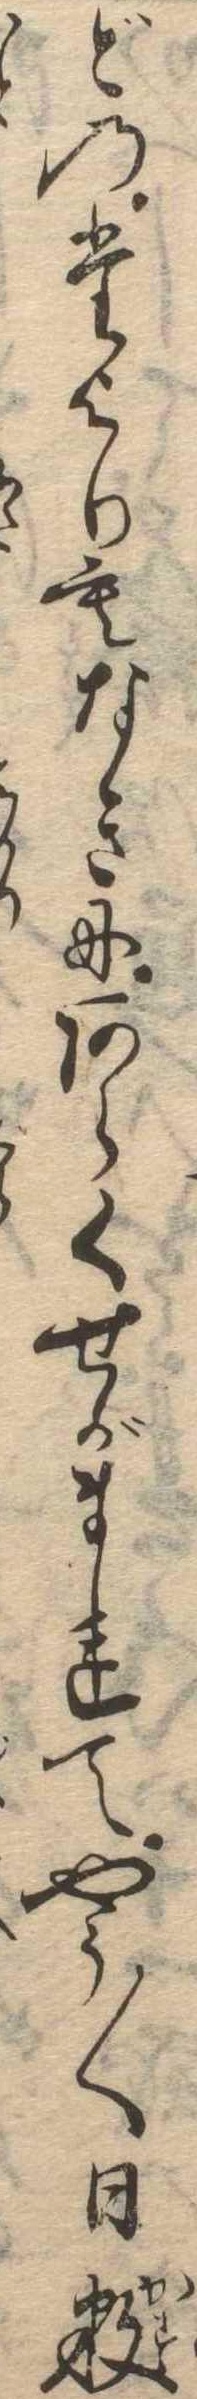
どのたよりもなきにあらくせがまれてやう〱日数